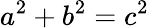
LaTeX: a^{2}+b^{2}=c^{2}